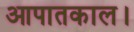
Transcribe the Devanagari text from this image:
आपातकाल।